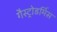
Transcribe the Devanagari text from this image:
गैस्ट्रोडर्मिस